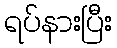
ရပ်နားပြီး